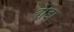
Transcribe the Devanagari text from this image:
वोंडा